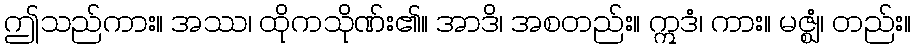
ဤသည်ကား။ အဿ၊ ထိုကသိုဏ်း၏။ အာဒိ၊ အစတည်း။ ဣဒံ၊ ကား။ မဇ္ဈံ၊ တည်း။